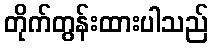
တိုက်တွန်းထားပါသည်